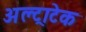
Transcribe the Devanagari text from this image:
अल्‍ट्राटेक